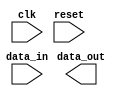
module ddr_sdram_controller (
    input wire clk,
    input wire reset,
    input wire data_in,
    output wire data_out
);

reg [7:0] address;
reg [7:0] data;
reg read_enable, write_enable;

reg [7:0] memory [0:255];

always @(posedge clk or negedge reset) begin
    if (reset) begin
        address <= 8'b0;
        data <= 8'b0;
        read_enable <= 0;
        write_enable <= 0;
    end else begin
        // Address decoding logic
        
        // Control signals generation
        
        // Reading and writing of data on both clock edges
        
    end
end

endmodule